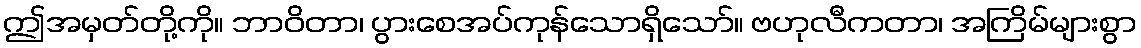
ဤအမှတ်တို့ကို။ ဘာဝိတာ၊ ပွားစေအပ်ကုန်သောရှိသော်။ ဗဟုလီကတာ၊ အကြိမ်များစွာ